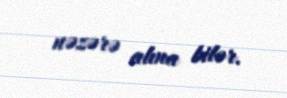
nəzərə alına bilər.